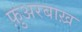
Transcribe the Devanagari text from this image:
फ़ुअरबाख़